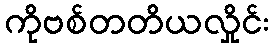
ကိုဗစ်တတိယလှိုင်း